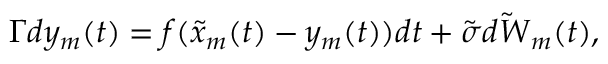
\Gamma d y _ { m } ( t ) = f ( \tilde { x } _ { m } ( t ) - y _ { m } ( t ) ) d t + \tilde { \sigma } \tilde { d W } _ { m } ( t ) ,